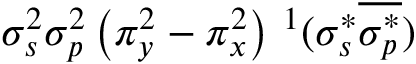
\sigma _ { s } ^ { 2 } \sigma _ { p } ^ { 2 } \left( \pi _ { y } ^ { 2 } - \pi _ { x } ^ { 2 } \right) { } \, ^ { 1 } ( \sigma _ { s } ^ { * } \overline { { \sigma _ { p } ^ { * } } } )